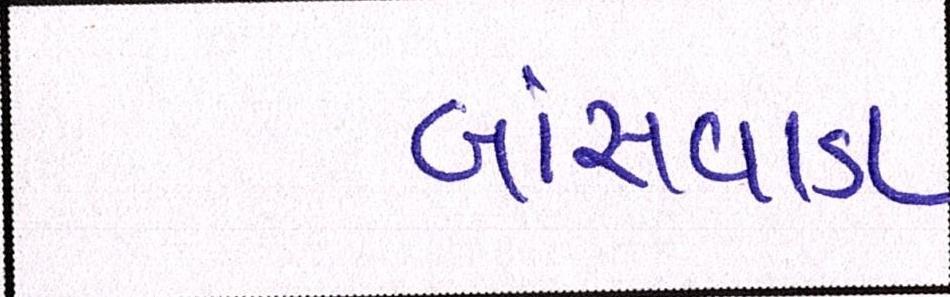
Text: બાંસવાડા